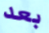
بعد